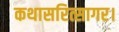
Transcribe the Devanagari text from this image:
कथासरित्सागर।